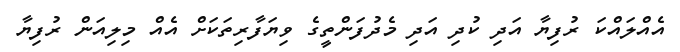
އެއްލައްކަ ރުފިޔާ އަދި ކުދި އަދި މެދުފަންތީގެ ވިޔަފާރިތަކަށް އެއް މިލިއަން ރުފިޔާ